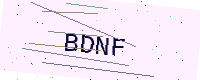
Text: BDNF